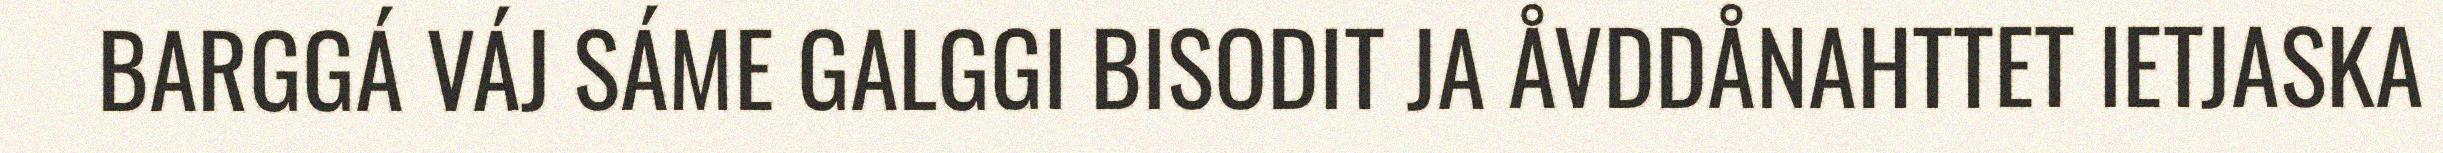
BARGGÁ VÁJ SÁME GALGGI BISODIT JA ÅVDDÅNAHTTET IETJASKA